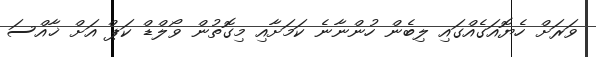
ވަރަށް ހެޔޮއަގެއްގައި ލިބެން ހުންނާނެ ކަމަށާއި މިގޮތުން ވޯލްޑް ކަޕް އަށް ޚާއްސަ